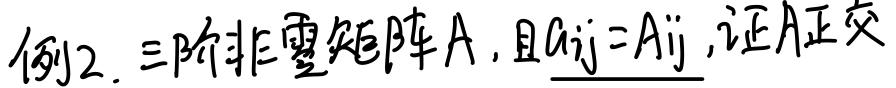
例2. 三阶非零矩阵$A$，且$a_{ij}=A_{ij}$，证$A$正交